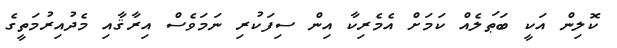
ކޮލިން އަކީ ބަޠަލެއް ކަމަށް އެމެރިކާ އިން ސިފަކުރި ނަމަވެސް އިރާޤާއި މެދުއިރުމަތީގެ